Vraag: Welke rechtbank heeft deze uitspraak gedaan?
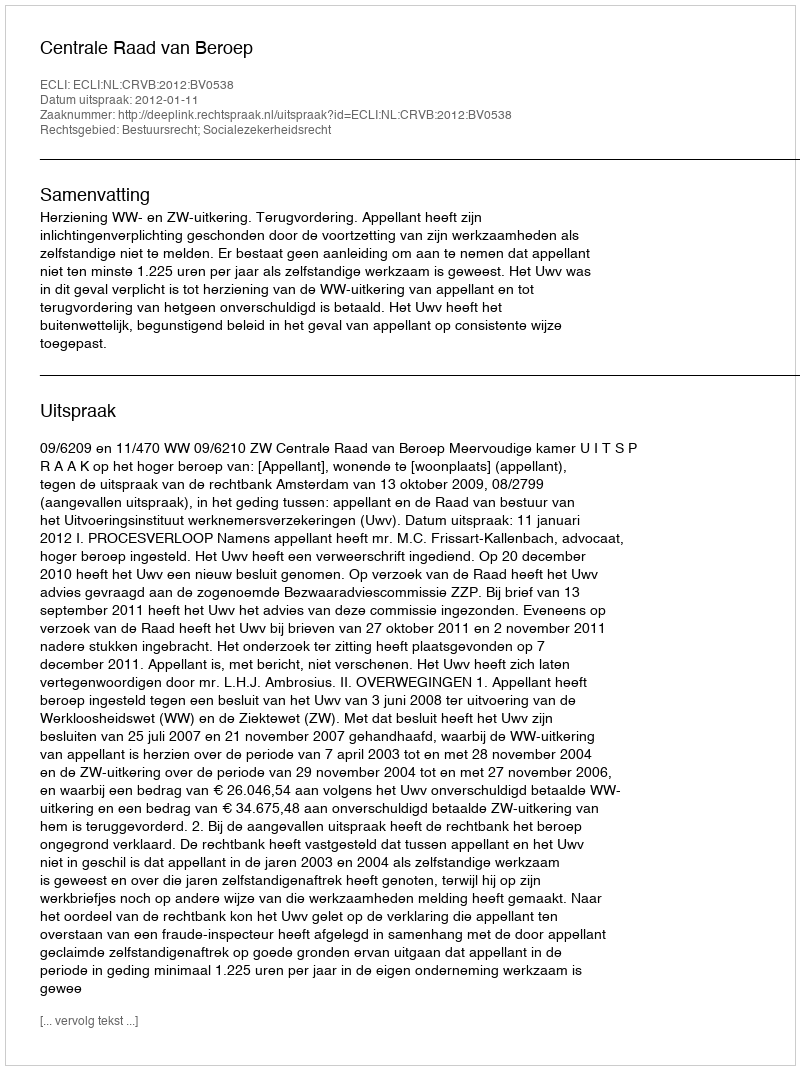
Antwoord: Centrale Raad van Beroep